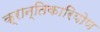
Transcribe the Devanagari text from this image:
क्रान्तिकारियोण